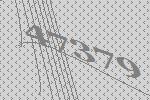
47379